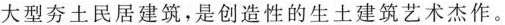
大型夯土民居建筑，是创造性的生土建筑艺术杰作。